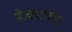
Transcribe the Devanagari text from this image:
है।कटघोरा